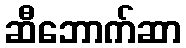
ဆီဘောက်ဆာ